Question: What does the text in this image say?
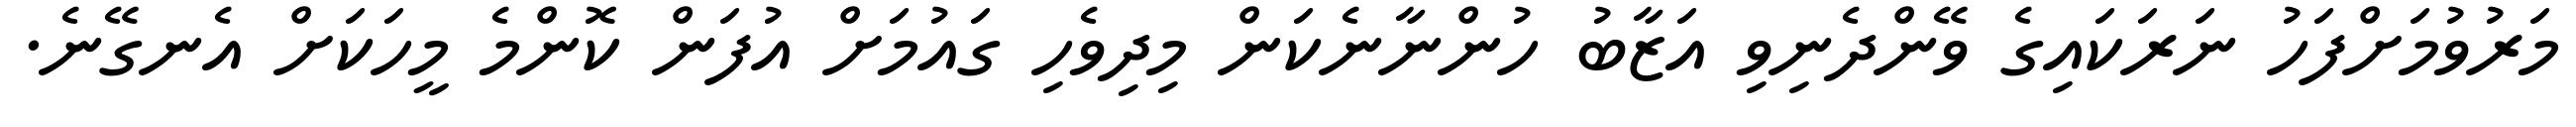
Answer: މަރުވުމަށްފަހު ނަރަކައިގެ ވޭންދެނިވި އަޒާބު ހުންނާނެކަން މިދިވެހި ގައުމަށް އުފަން ކޮންމެ މީހަކަށް އެނގޭނެ.